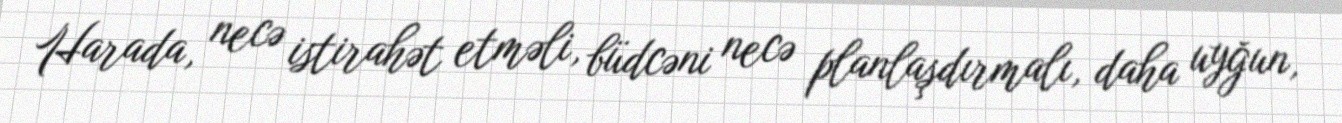
Harada, necə istirahət etməli, büdcəni necə planlaşdırmalı, daha uyğun,